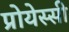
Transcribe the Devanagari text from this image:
प्रोयेस्सी